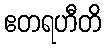
ဧတရဟီတိ